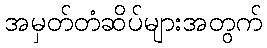
အမှတ်တံဆိပ်များအတွက်